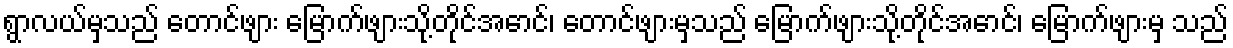
ရွာလယ်မှသည် တောင်ဖျား မြောက်ဖျားသို့တိုင်အောင်၊ တောင်ဖျားမှသည် မြောက်ဖျားသို့တိုင်အောင်၊ မြောက်ဖျားမှ သည်